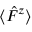
\langle \hat { F } ^ { z } \rangle